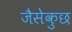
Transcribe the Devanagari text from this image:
जैसेकुछ